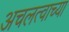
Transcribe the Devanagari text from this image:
अचलत्वाच्या